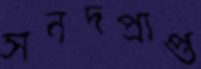
সনদপ্রাপ্ত